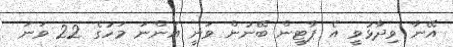
އޭނާ ވިދާޅުވީ އެ ޕާޓީން ބޭނުން ވަނީ އަންނަ މަހުގެ 22 ވަނަ